Scottish Leaving Certificate Examination, 1954
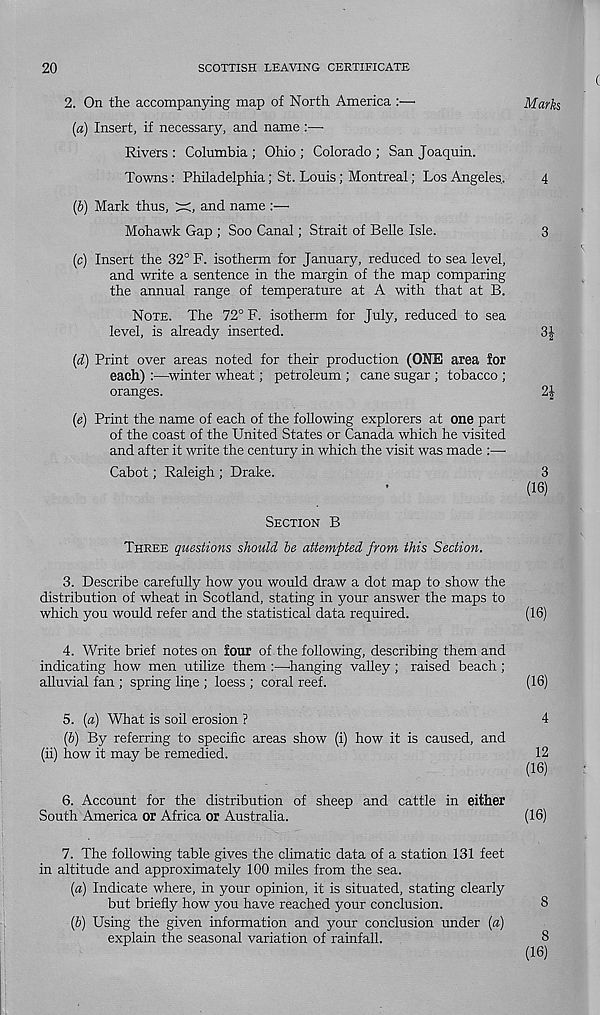
20
SCOTTISH LEAVING CERTIFICATE
2.
On the accompanying map of North America :—
(a) Insert, if necessary, and name :—-
Rivers : Columbia ; Ohio ; Colorado ; San Joaquin.
Towns: Philadelphia; St. Louis; Montreal; Los Angeles..
4
(b) Mark thus,
and name :—
Mohawk Gap ; Soo Canal; Strait of Belle Isle.
3
(c) Insert the 32° F. isotherm for January, reduced to sea level,
and write a sentence in the margin of the map comparing
the annual range of temperature at A with that at B.
NOTE. The 72° F. isotherm for July, reduced to sea
level, is already inserted.
3J
(d) Print over areas noted for their production (ONE area lor
each) :—winter wheat; petroleum ; cane sugar ; tobacco ;
oranges.
(e) Print the name of each of the following explorers at one part
of the coast of the United States or Canada which he visited
and after it write the century in which the visit was made :—-
Cabot; Raleigh ; Drake.
3
(16)
SECTION B
THREE questions should be attempted from this Section.
3. Describe carefully how you would draw a dot map to show the
distribution of wheat in Scotland, stating in your answer the maps to
which you would refer and the statistical data required.
(16)
4. Write brief notes on four of .the following, describing them and
indicating how men utilize them :—hanging valley ; raised beach ;
alluvial fan ; spring line ; loess ; coral reef.
(16)
5. (a) What is soil erosion ?
4
(6) By referring to specific areas show (i) how it is caused, and
(ii) how it may be remedied.
12
(16)
6. Account for the distribution of sheep and cattle in either
South America or Africa or Australia.
(16)
7.
The following table gives the climatic data of a station 1
in altitude and approximately 100 miles from the sea.
(a) Indicate where, in your opinion, it is situated, stating clearly
but briefly how you have reached your conclusion.
8
(b) Using the given information and your conclusion under (a)
explain the seasonal variation of rainfall.
8
(16)